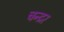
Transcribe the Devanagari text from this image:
चन्द्रर